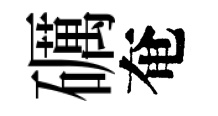
礪奄